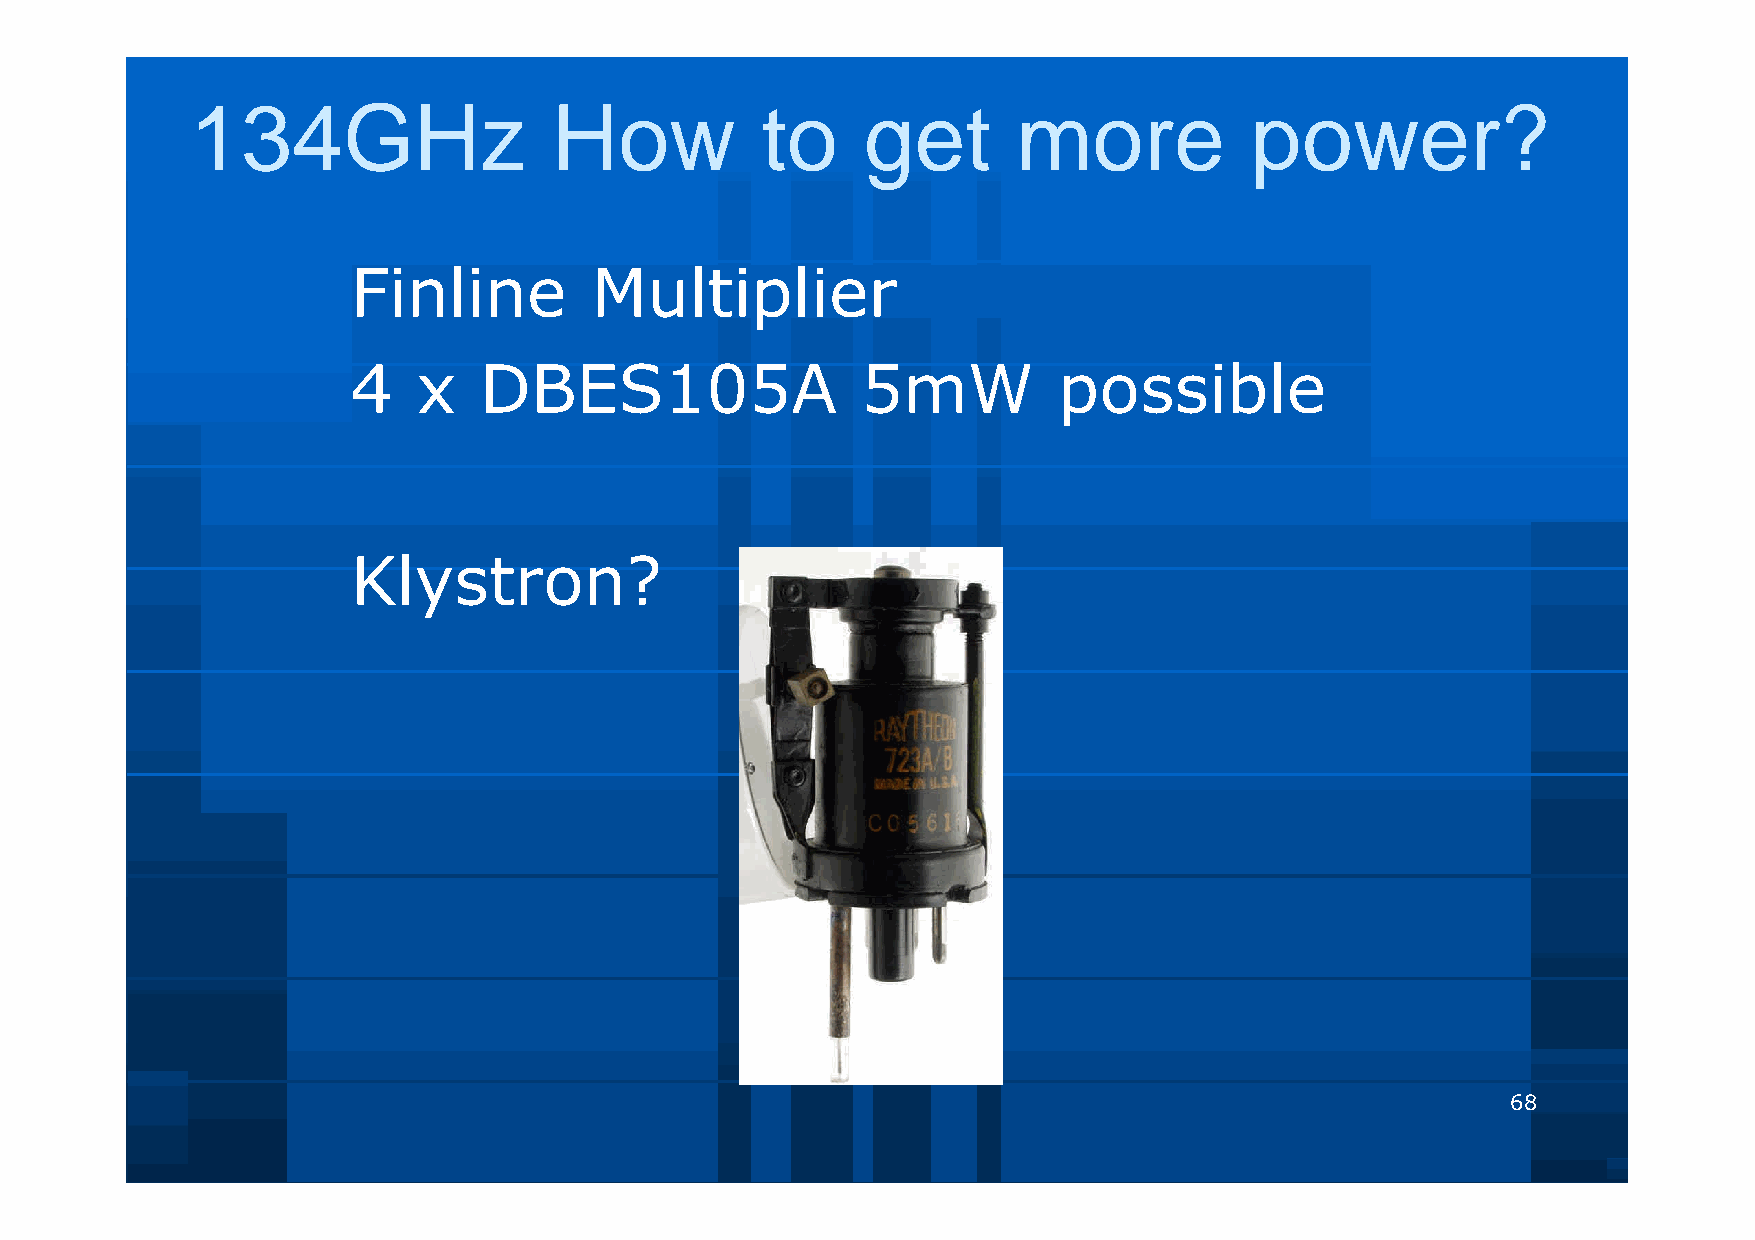
134GHz                  How          to     get       more            power?
 Finline         Multiplier
 4    x   DBES105A                 5mW          possible
 Klystron?
 68